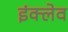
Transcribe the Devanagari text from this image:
इंक्लेव